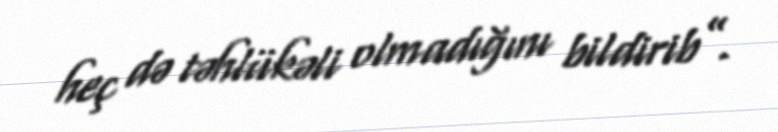
heç də təhlükəli olmadığını bildirib”.